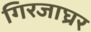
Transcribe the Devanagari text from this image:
गिरजाघ्रर